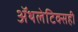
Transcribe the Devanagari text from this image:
ॲथलेटिक्सही